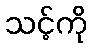
သင့်ကို